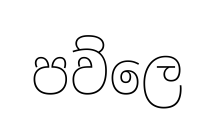
පව්ලෙ